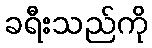
ခရီးသည်ကို